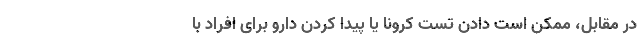
در مقابل، ممکن است دادن تست کرونا یا پیدا کردن دارو برای افراد با